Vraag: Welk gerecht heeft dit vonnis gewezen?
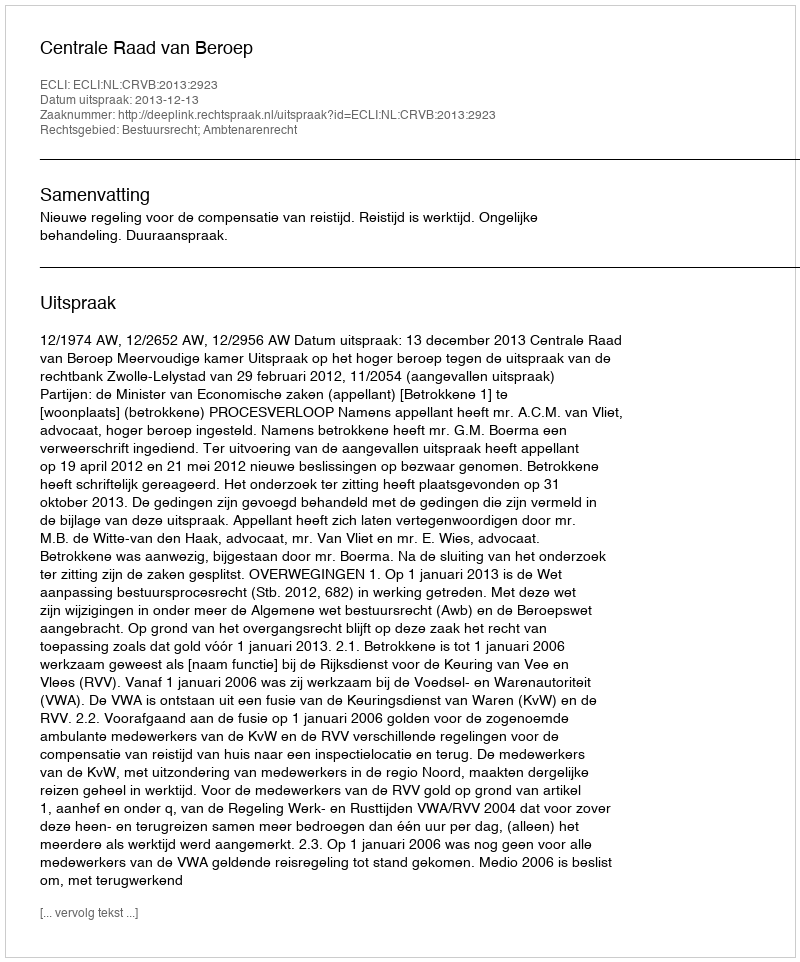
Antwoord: Centrale Raad van Beroep